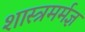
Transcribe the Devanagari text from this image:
शास्त्रमर्मज्ञ